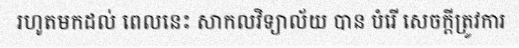
រហូតមកដល់ ពេលនេះ សាកលវិទ្យាល័យ បាន បំរើ សេចក្តីត្រូវការ